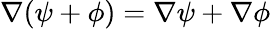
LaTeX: \nabla(\psi+\phi)=\nabla\psi+\nabla\phi